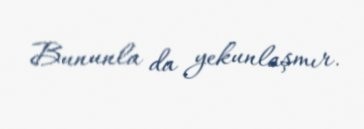
Bununla da yekunlaşmır.